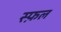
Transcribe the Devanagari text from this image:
स्फ़ल